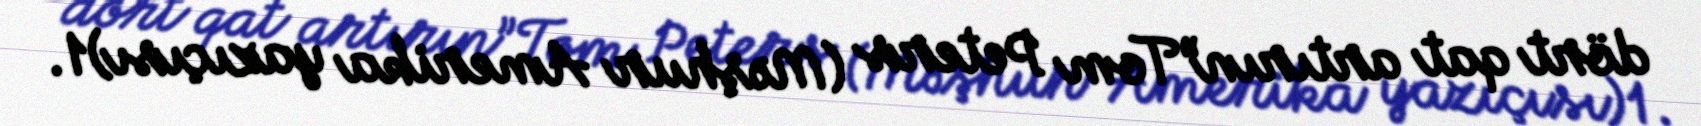
dört qat artırın”Tom Peters (Məşhur Amerika yazıçısı)1.